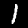
Label: 1